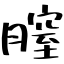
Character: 膣